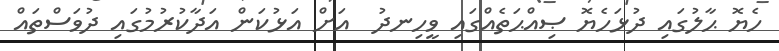
ހެޔޮ ޙާލުގައި ދުޅަހެޔޮ ޞިއްޙަތެއްގައި ވީހިނދު  އަށް އަޅުކަން އަދާކުރުމުގައި ދުވަސްތައް